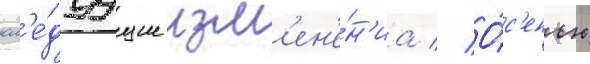
сл'е́дуущие изм'ен'е́н'иа // О́с'енью